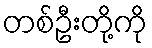
တစ်ဦးတို့ကို